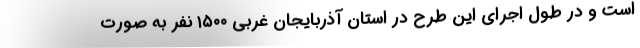
است و در طول اجرای این طرح در استان آذربایجان غربی ۱۵۰۰ نفر به صورت